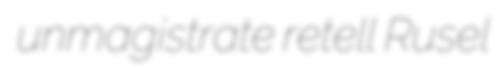
unmagistrate retell Rusel